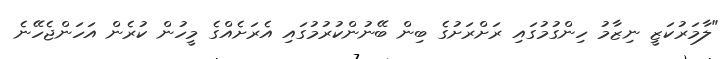
"ލާމަރުކަޒީ ނިޒާމުު ހިންގުމުގައި ރަށްރަށުގެ ބިން ބޭނުންކުރުމުގައި އެރަށެއްގެ މީހުން ކުރެން އަހަންޖެހޭނެ